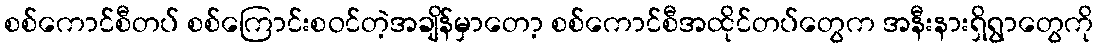
စစ်ကောင်စီတပ် စစ်ကြောင်းစဝင်တဲ့အချိန်မှာတော့ စစ်ကောင်စီအထိုင်တပ်တွေက အနီးနားရှိရွာတွေကို